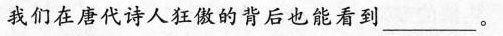
我们在唐代诗人狂傲的背后也能看到___。